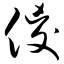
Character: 傻